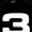
Digit: 3